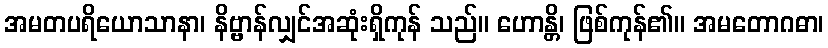
အမတပရိယောသာနာ၊ နိဗ္ဗာန်လျှင်အဆုံးရှိကုန် သည်။ ဟောန္တိ၊ ဖြစ်ကုန်၏။ အမတောဂဓာ၊